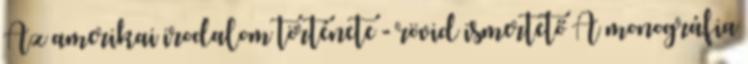
Az amerikai irodalom története - rövid ismertető A monográfia